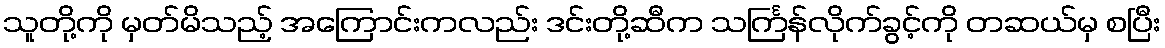
သူတို့ကို မှတ်မိသည့် အကြောင်းကလည်း ဒင်းတို့ဆီက သင်္ကြန်လိုက်ခွင့်ကို တဆယ်မှ စပြီး